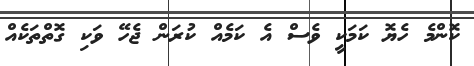
ކޮންމެ ހެޔޮ ކަމަކީ ވެސް އެ ކަމެއް ކުރަން ޖެހޭ ވަކި ގޮތްތަކެއް